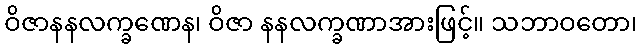
ဝိဇာနနလက္ခဏေန၊ ဝိဇာ နနလက္ခဏာအားဖြင့်။ သဘာဝတော၊